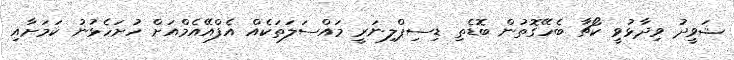
ޝަވީދު ވިދާޅުވީ ކޯޗާ ބެހޭގޮތުން ބޮޑެތި ޑިސިޕްލިނަރީ މައްސަލަތަކެއް އެފްއޭއެމްއަށް ހުށަހެޅުނު ކަމަށާއި